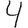
Digit: 4